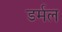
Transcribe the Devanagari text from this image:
डर्मल